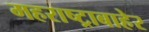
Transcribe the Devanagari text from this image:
महराष्ट्राबाहेर